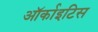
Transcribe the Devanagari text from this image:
ऑर्काइटिस